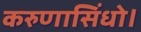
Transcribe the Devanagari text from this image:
करुणासिंधो।